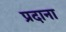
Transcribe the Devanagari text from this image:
प्रदाना